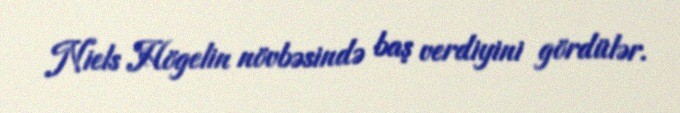
Niels Högelin növbəsində baş verdiyini gördülər.